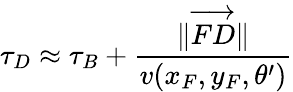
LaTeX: \tau_{D}\approx\tau_{B}+\frac{\| \overrightarrow{FD}\| }{v(x_{F},y_{F},\theta^{\prime})}